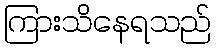
ကြားသိနေရသည်